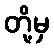
တို့မှ